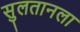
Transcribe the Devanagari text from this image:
सुलतानला